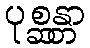
ပုစ္ဆန္တာ